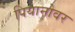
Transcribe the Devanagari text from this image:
पियानोवर